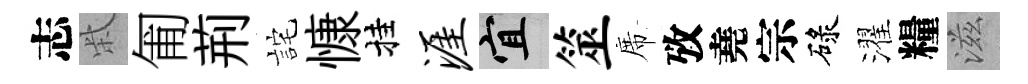
志柴匍荊詫慷挂涯宜筮席攷堯宗碌濯糧滋